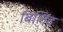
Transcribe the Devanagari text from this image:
बिलिंद